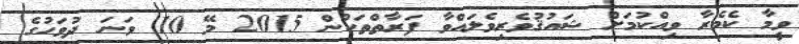
ވީމާ ކެމެރާ ވިއްކުމަށް ޝައުޤުވެރިވެލައްވާ ފަރާތްތަކުން 2015 މޭ 10 ވަނަ ދުވަހުގެ